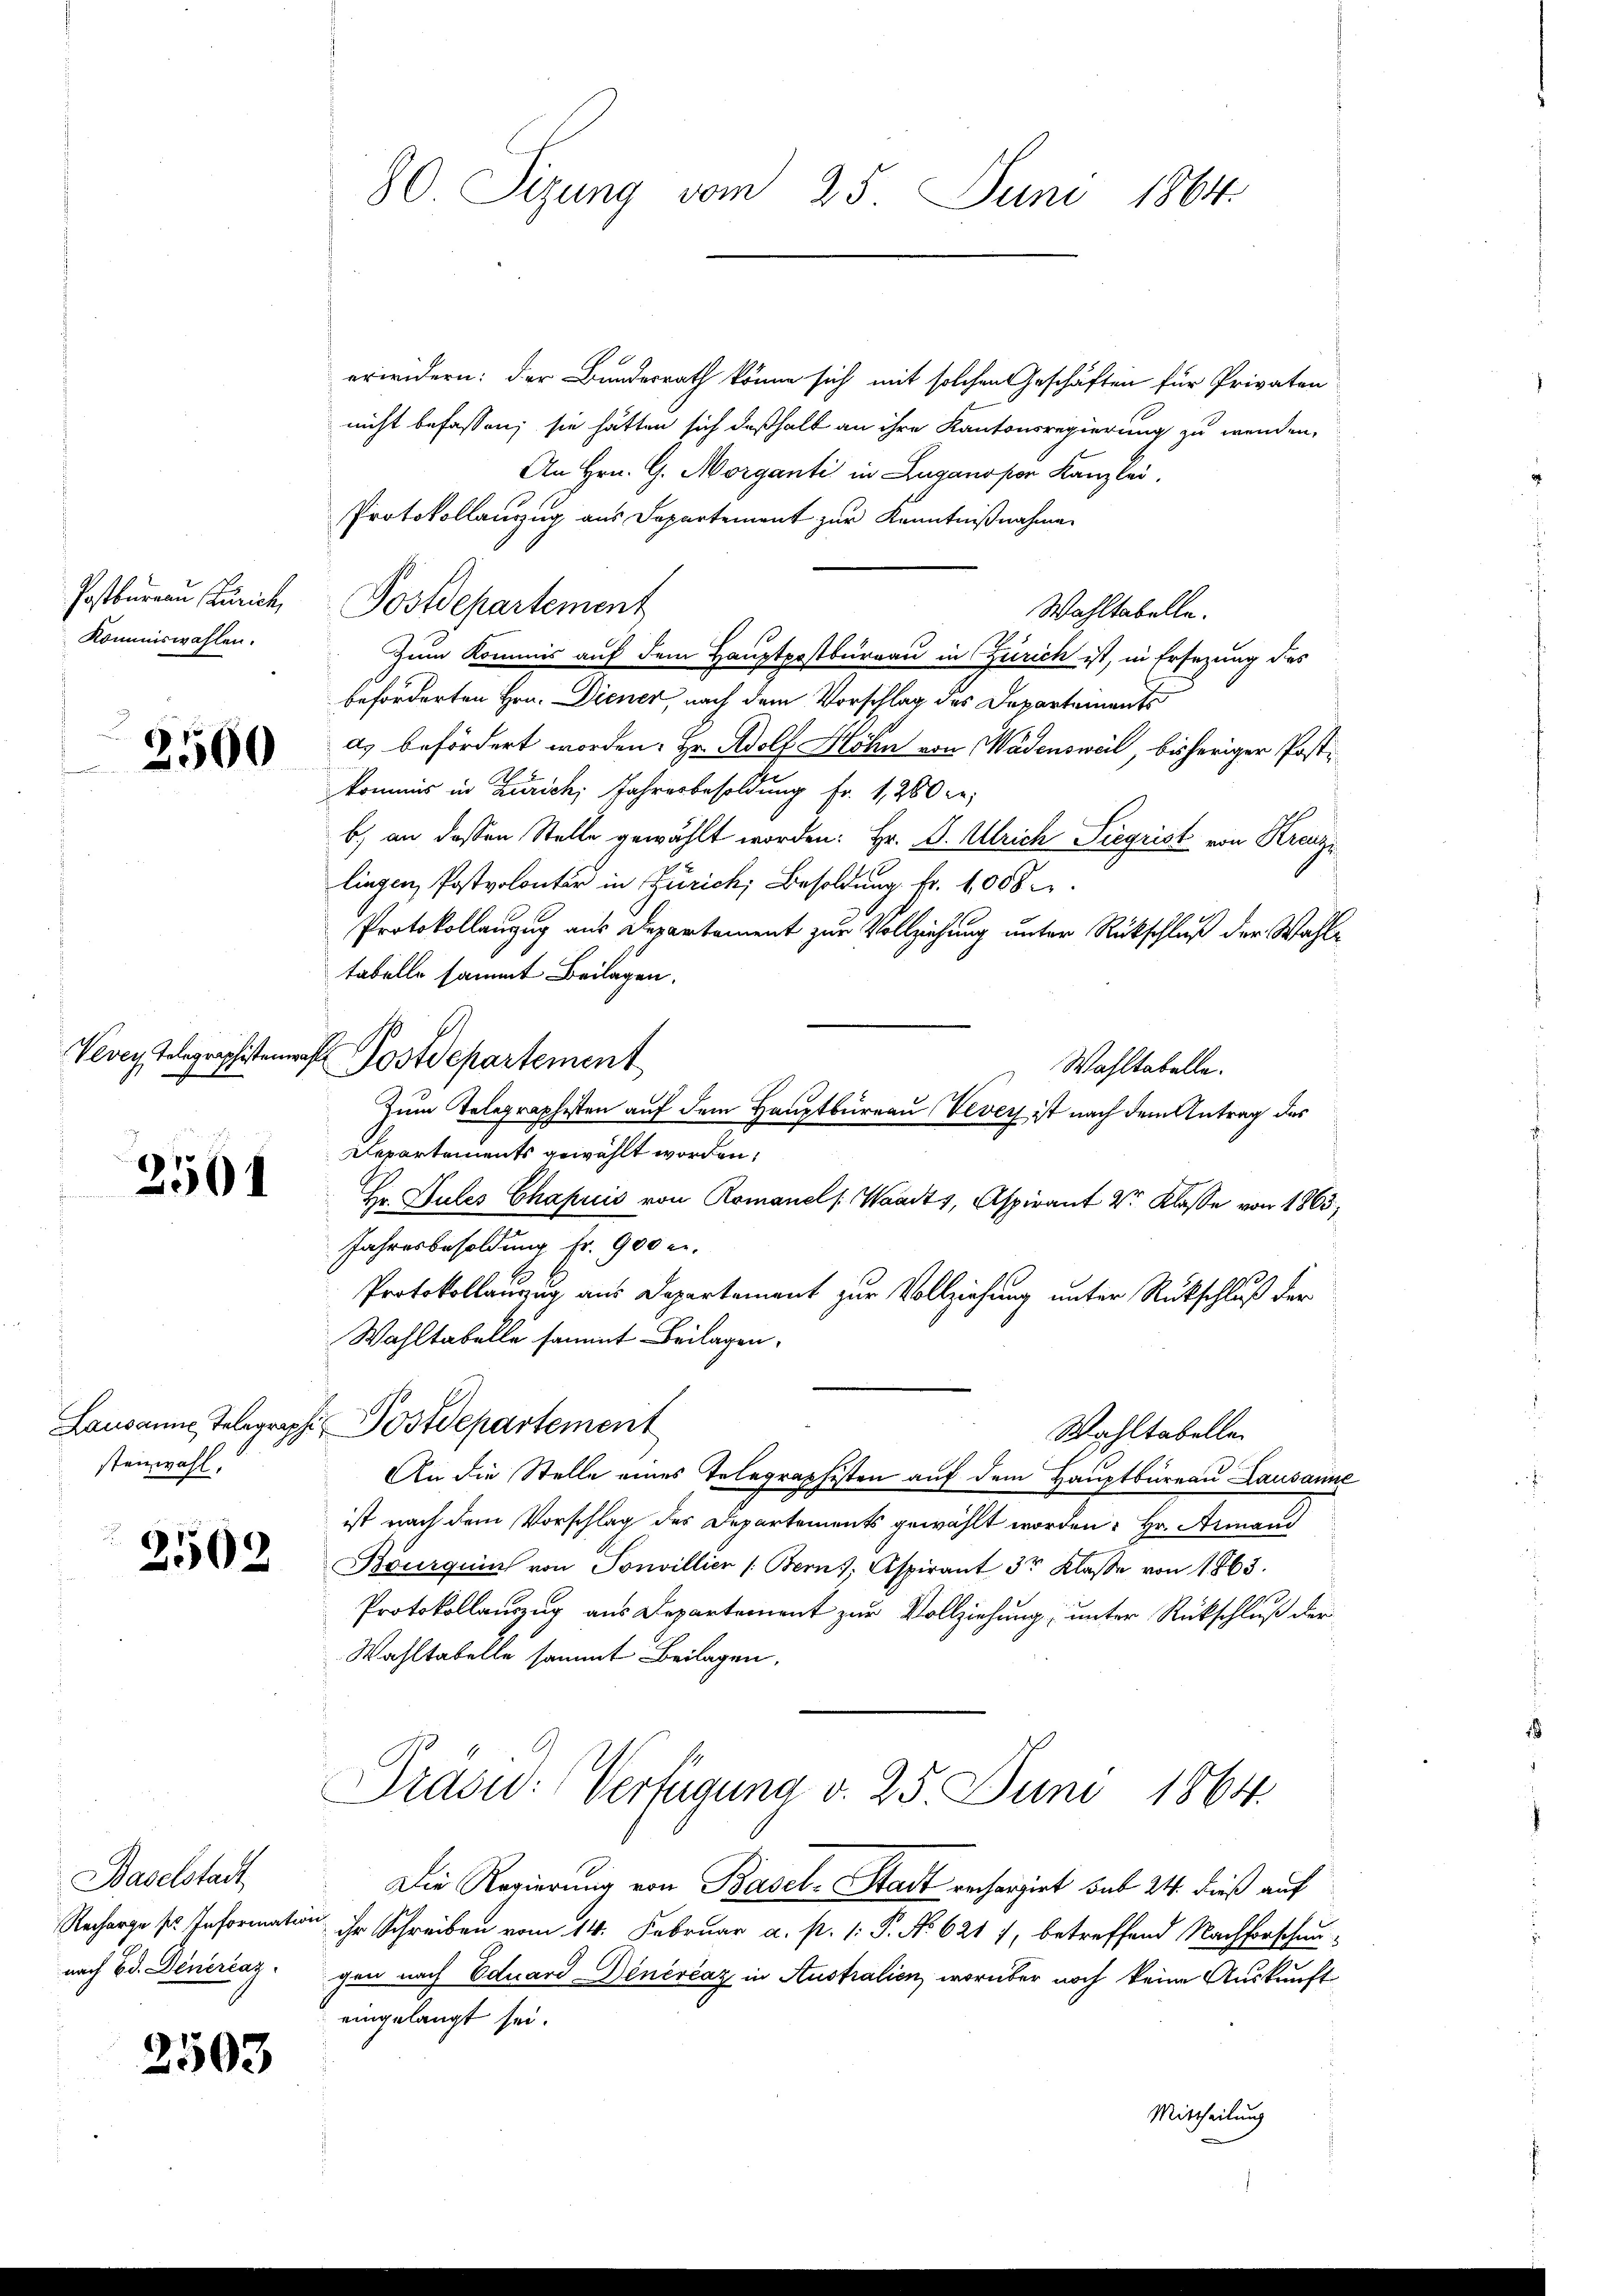
Postbureau Zürich,
Kommiswahlen.

2
2500

18

2501

steinwohl.

2502

Baselstadt
nach Ed. Deneraz

2503

erwidern: der Bundesrath könne sich mit solchen Geschäften für Privaten
nicht befassen; sie hätten sich deßhalb an ihre Kantonsregierung zu wenden,
An Hrn. G. Morganti in Luganopon Kanzlei,
Protokollanzug aus Departement zur Kenntnißnahme
Postdepartement
Wahltabelle.
Zum Kommis auf dem Hauptpostbureau in Zürich ist, in Ersezung des
beförderten Hrn. Diener, nach dem Vorschlag des Departements
as befördert worden. Hr. Adolf Höhn von Wädensweil, bisheriger Postkommis in Zürich, Jahresbesoldung Fr. 1,260 de
b) an dessen Stelle gewählt worden: Hr. D. Ulrich Siegrist von Kranzi
lingen, Postvolontär in Zürich, Besoldung fr. 1008
Protokollanzug aus Departement zur Vollziehung unter Rückschluß der Wahltabelle sammt Beilagen.
Vevey Telegraphisten Postdepartement
Wahltabelle.
Zum Telegraphesten auf dem Hauptbureau Vevey ist nach dem Antrag des
Repartements gewählt worden,
Hr. Stutes Chaprić von Romanel /: Waadt, Aspirant V. Klasse von 1863;
Jahresbesoldung fr. 900 e
Protokollauzug aus Departement zur Vollziehung unter Rückschluß der
Wahltabelle sammt Beilagen.
Lausanne Telegraph Postdepartement
Wahltabelle
An die Stelle eines Telegraphisten auf dem Hauptbüreau Lausanne
ist nach dem Vorschlag der Departements gewählt worden: Hr. Armand
Bourquin von Sonvillier /: Bern, Aspirant 3r Klasse von 1863.
Protokollauszug aus Departement zur Vollziehung, unter Rückschluß der
Wahltabelle sammt Beilagen.
Präsid. Verfügung d. 25. Juni 1864.
Die Regierung von Basel-Stadt rechargirt sub 24. dieß auf
Recharges Information ihr Schreiben vom 14. Februar a. p. 1: P. No 621 7, betreffend Nachforschaugen nach Eduard Dinérčaz in Australien, worüber noch keine Auskunft
eingelangt sei.
Mittheilung

80. Sizung vom 25. Juni 1864.